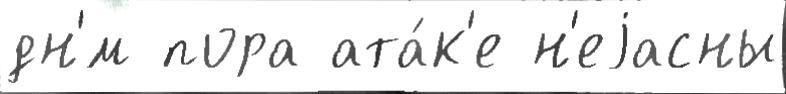
дн'́м пора ата́к'е н'еjасны